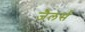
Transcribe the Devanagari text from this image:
जैलर्स